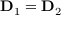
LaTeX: \mathbf { D } _ { 1 } = \mathbf { D } _ { 2 }